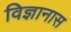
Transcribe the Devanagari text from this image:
विज्ञानास